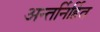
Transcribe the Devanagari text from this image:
अन्तर्निर्हित